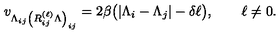
v _ { \Lambda _ { i j } \left( R _ { i j } ^ { ( \ell ) } \Lambda \right) _ { i j } } = 2 \beta \big ( | \Lambda _ { i } - \Lambda _ { j } | - \delta \ell \big ) , \qquad \ell \not = 0 .